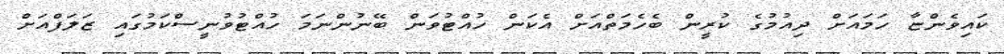
ކައިވެންޏާ ހަމައަށް ދިއުމުގެ ކުރީން ބެހެމަތްއަށް އެކަން ހުއްޓުވަން ބޭނުންނަމަ ހުއްޓުވުނީސްކަމުގައި ޒަލަފްއަށް